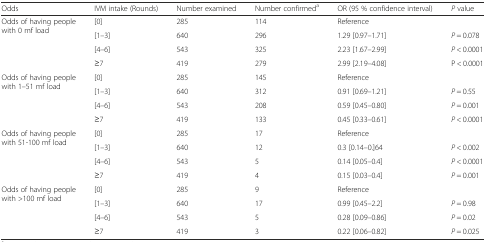
<table><thead><tr><td><b>Odds</b></td><td><b>IVM intake (Rounds)</b></td><td><b>Number examined</b></td><td><b>Number confirmed<sup>a</sup></b></td><td><b>OR (95 % confidence interval)</b></td><td><b><i>P</i> value</b></td></tr></thead><tbody><tr><td rowspan="4">Odds of having people with 0 mf load</td><td>[0]</td><td>285</td><td>114</td><td>Reference</td><td></td></tr><tr><td>[1–3]</td><td>640</td><td>296</td><td>1.29 [0.97–1.71]</td><td><i>P</i> = 0.078</td></tr><tr><td>[4–6]</td><td>543</td><td>325</td><td>2.23 [1.67–2.99]</td><td><i>P</i> &lt; 0.0001</td></tr><tr><td>≥7</td><td>419</td><td>279</td><td>2.99 [2.19–4.08]</td><td>P &lt; 0.0001</td></tr><tr><td rowspan="4">Odds of having people with 1–51 mf load</td><td>[0]</td><td>285</td><td>145</td><td>Reference</td><td></td></tr><tr><td>[1–3]</td><td>640</td><td>312</td><td>0.91 [0.69–1.21]</td><td><i>P</i> = 0.55</td></tr><tr><td>[4–6]</td><td>543</td><td>208</td><td>0.59 [0.45–0.80]</td><td><i>P</i> = 0.001</td></tr><tr><td>≥7</td><td>419</td><td>133</td><td>0.45 [0.33–0.61]</td><td><i>P</i> &lt; 0.0001</td></tr><tr><td rowspan="4">Odds of having people with 51-100 mf load</td><td>[0]</td><td>285</td><td>17</td><td>Reference</td><td></td></tr><tr><td>[1–3]</td><td>640</td><td>12</td><td>0.3 [0.14–0.]64</td><td><i>P</i> &lt; 0.002</td></tr><tr><td>[4–6]</td><td>543</td><td>5</td><td>0.14 [0.05–0.4]</td><td><i>P</i> &lt; 0.0001</td></tr><tr><td>≥7</td><td>419</td><td>4</td><td>0.15 [0.03–0.4]</td><td><i>P</i> = 0.001</td></tr><tr><td rowspan="4">Odds of having people with &gt;100 mf load</td><td>[0]</td><td>285</td><td>9</td><td>Reference</td><td></td></tr><tr><td>[1–3]</td><td>640</td><td>17</td><td>0.99 [0.45–2.2]</td><td><i>P</i> = 0.98</td></tr><tr><td>[4–6]</td><td>543</td><td>5</td><td>0.28 [0.09–0.86]</td><td><i>P</i> = 0.02</td></tr><tr><td>≥7</td><td>419</td><td>3</td><td>0.22 [0.06–0.82]</td><td><i>P</i> = 0.025</td></tr></tbody></table>